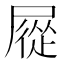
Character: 㞞